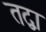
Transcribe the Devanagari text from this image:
तद्वा